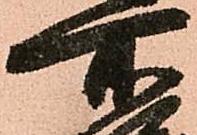
所